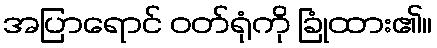
အပြာရောင် ဝတ်ရုံကို ခြုံထား၏။